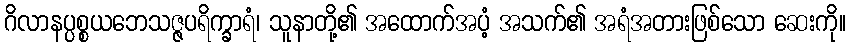
ဂိလာနပ္ပစ္စယဘေသဇ္ဇပရိက္ခာရံ၊ သူနာတို့၏ အထောက်အပံ့ အသက်၏ အရံအတားဖြစ်သော ဆေးကို။